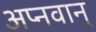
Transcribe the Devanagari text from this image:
अप्नवान्